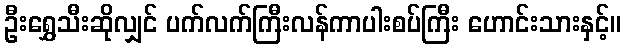
ဦးရွှေသီးဆိုလျှင် ပက်လက်ကြီးလန်ကာပါးစပ်ကြီး ဟောင်းသားနှင့်။